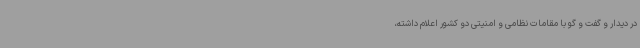
در دیدار و گفت و گو با مقامات نظامی و امنیتی دو کشور اعلام داشته،